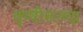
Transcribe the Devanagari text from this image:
कृषीसलग्न